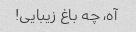
آه، چه باغ زیبایی!